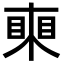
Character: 𥈸